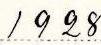
1928